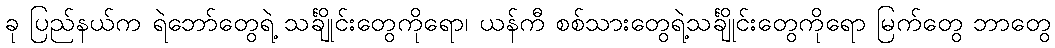
ခု ပြည်နယ်က ရဲဘော်တွေရဲ့ သင်္ချိုင်းတွေကိုရော၊ ယန်ကီ စစ်သားတွေရဲ့သင်္ချိုင်းတွေကိုရော မြက်တွေ ဘာတွေ